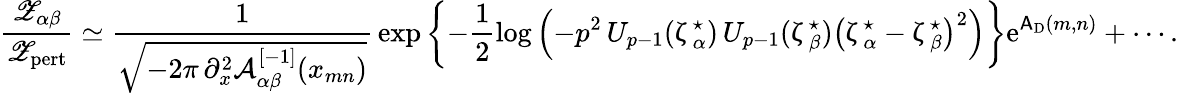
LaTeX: \frac{{\mathscr Z}_{\alpha\beta}}{{\mathscr Z}_{\mathrm{pert}}}\simeq\frac{1}{\sqrt{-2\pi\, \partial_{x}^{2}{\mathcal A}_{\alpha\beta}^{[-1]}(x_{mn})}}\, \exp\left\{ -\frac{1}{2}\log\left(-p^{2}\, U_{p-1}(\upzeta_{\alpha}^{\star})\, U_{p-1}(\upzeta_{\beta}^{\star})\left(\upzeta_{\alpha}^{\star}-\upzeta_{\beta}^{\star}\right)^{2}\right)\right\} {\mathrm{e}}^{\mathsf{A}_{\mathrm{D}}(m,n)}+\cdots.